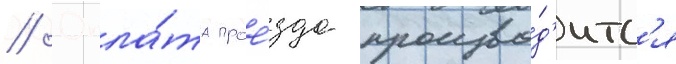
// Опла́та прое́зда произво́д'итс'я